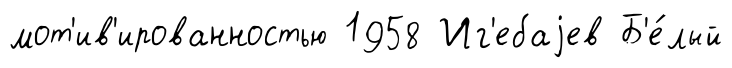
мот'ив'ированностью 1958 Иг'ебаjев Б'е́лый